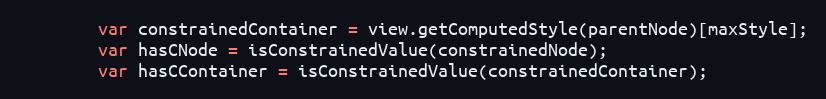
Language: JavaScript
		var constrainedContainer = view.getComputedStyle(parentNode)[maxStyle];
		var hasCNode = isConstrainedValue(constrainedNode);
		var hasCContainer = isConstrainedValue(constrainedContainer);